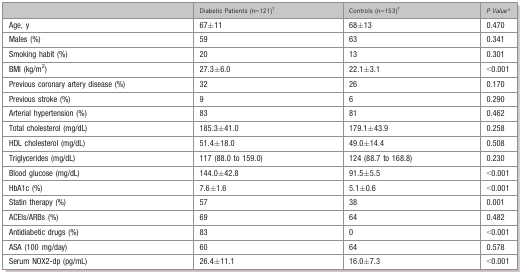
<table><thead><tr><td></td><td><b>Diabetic Patients (n=121)*</b></td><td><b>Controls (n=153)*</b></td><td><b><i>P Value</i>*</b></td></tr></thead><tbody><tr><td>Age, y</td><td>67±11</td><td>68±13</td><td>0.470</td></tr><tr><td>Males (%)</td><td>59</td><td>63</td><td>0.341</td></tr><tr><td>Smoking habit (%)</td><td>20</td><td>13</td><td>0.301</td></tr><tr><td>BMI (kg/m<sup>2</sup>)</td><td>27.3±6.0</td><td>22.1±3.1</td><td>&lt;0.001</td></tr><tr><td>Previous coronary artery disease (%)</td><td>32</td><td>26</td><td>0.170</td></tr><tr><td>Previous stroke (%)</td><td>9</td><td>6</td><td>0.290</td></tr><tr><td>Arterial hypertension (%)</td><td>83</td><td>81</td><td>0.462</td></tr><tr><td>Total cholesterol (mg/dL)</td><td>185.3±41.0</td><td>179.1±43.9</td><td>0.258</td></tr><tr><td>HDL cholesterol (mg/dL)</td><td>51.4±18.0</td><td>49.0±14.4</td><td>0.508</td></tr><tr><td>Triglycerides (mg/dL)</td><td>117 (88.0 to 159.0)</td><td>124 (88.7 to 168.8)</td><td>0.230</td></tr><tr><td>Blood glucose (mg/dL)</td><td>144.0±42.8</td><td>91.5±5.5</td><td>&lt;0.001</td></tr><tr><td>HbA1c (%)</td><td>7.6±1.6</td><td>5.1±0.6</td><td>&lt;0.001</td></tr><tr><td>Statin therapy (%)</td><td>57</td><td>38</td><td>0.001</td></tr><tr><td>ACEIs/ARBs (%)</td><td>69</td><td>64</td><td>0.482</td></tr><tr><td>Antidiabetic drugs (%)</td><td>83</td><td>0</td><td>&lt;0.001</td></tr><tr><td>ASA (100 mg/day)</td><td>60</td><td>64</td><td>0.578</td></tr><tr><td>Serum NOX2‐dp (pg/mL)</td><td>26.4±11.1</td><td>16.0±7.3</td><td>&lt;0.001</td></tr></tbody></table>